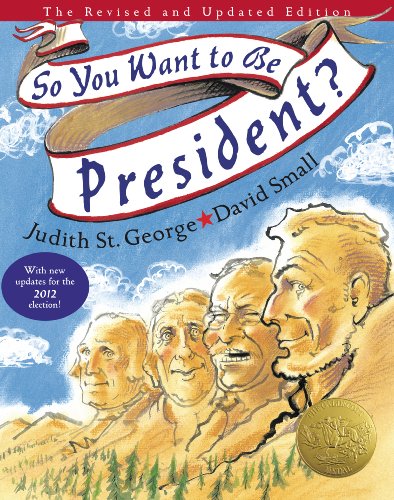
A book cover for So You Want to Be President?; Judith St. George; Children's Books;